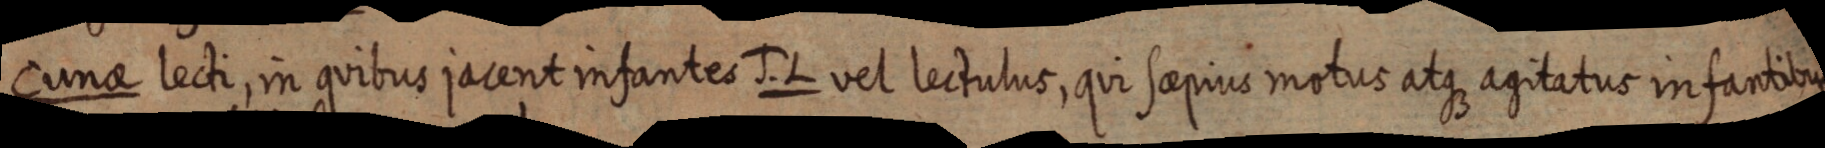
Cunae lecti, in quibus jacent infantes J. L vel lectulus, qui saepius motus atque agitatus infantibus